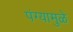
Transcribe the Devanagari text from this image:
पंग्यामुळे